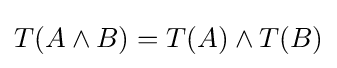
T(A\land B)=T(A)\land T(B)